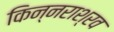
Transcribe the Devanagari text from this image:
किन्नराश्रव